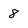
Character: 8